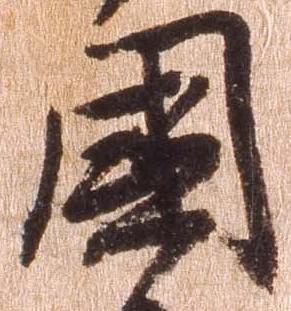
国